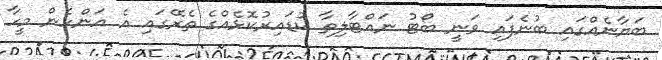
ބަޔާނެއްގައި ބުނެފައި ވަނީ ބޯޓު ނައްޓާލިތާ ކުޑައިރުކޮޅެއްގެ ތެރޭގައި އެ އަންހެން މީހާ